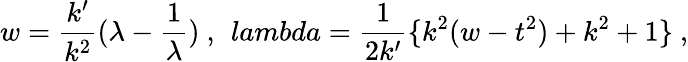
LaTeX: w=\frac{k^{\prime}}{k^{2}}(\lambda-\frac{1}{\lambda})\ ,\ \, lambda=\frac{1}{2k^{\prime}}\{ k^{2}(w-t^{2})+k^{2}+1\} \ ,